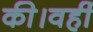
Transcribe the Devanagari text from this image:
की।वहीं